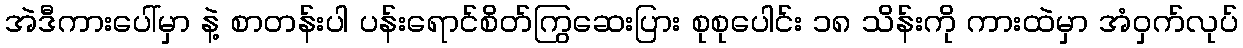
အဲဒီကားပေါ်မှာ နဲ့ စာတန်းပါ ပန်းရောင်စိတ်ကြွဆေးပြား စုစုပေါင်း ၁၈ သိန်းကို ကားထဲမှာ အံဝှက်လုပ်